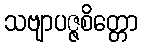
သဗျာပဇ္ဇစိတ္တော